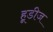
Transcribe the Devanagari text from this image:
हूडीज